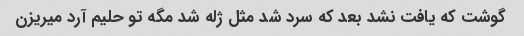
گوشت که یافت نشد بعد که سرد شد مثل ژله شد مگه تو حلیم آرد میریزن